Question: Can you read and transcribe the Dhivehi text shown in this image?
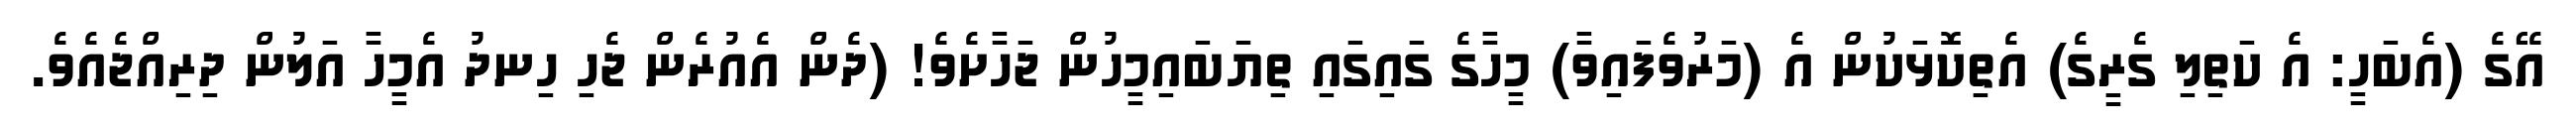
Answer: އޭގެ (އެބަހީ: އެ ކަތިލި ގެރީގެ) އެތިކޮޅަކުން އެ (މަރުވެފައިވާ) މީހާގެ ގައިގައި ތިޔަބައިމީހުން ޖަހާށެވެ! (ދެން އެއުރެން ޖެހި ހިނދު އެމީހާ އަލުން ދިރިއްޖެއެވެ.